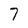
Character: 7